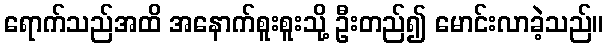
ရောက်သည်အထိ အနောက်စူးစူးသို့ ဦးတည်၍ မောင်းလာခဲ့သည်။